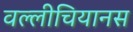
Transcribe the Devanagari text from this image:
वल्लीचियानस